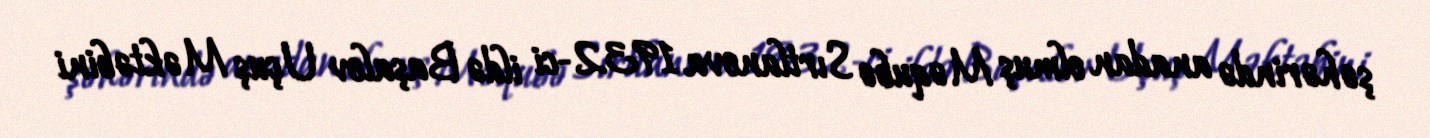
şəhərində anadan olmuş Məqubə Sırtlanova 1932-ci ildə Başalov Uçuş Məktəbini